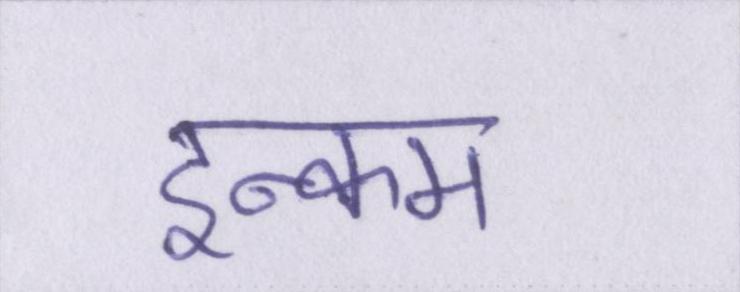
इन्कम